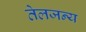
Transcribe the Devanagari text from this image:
तेलजन्य